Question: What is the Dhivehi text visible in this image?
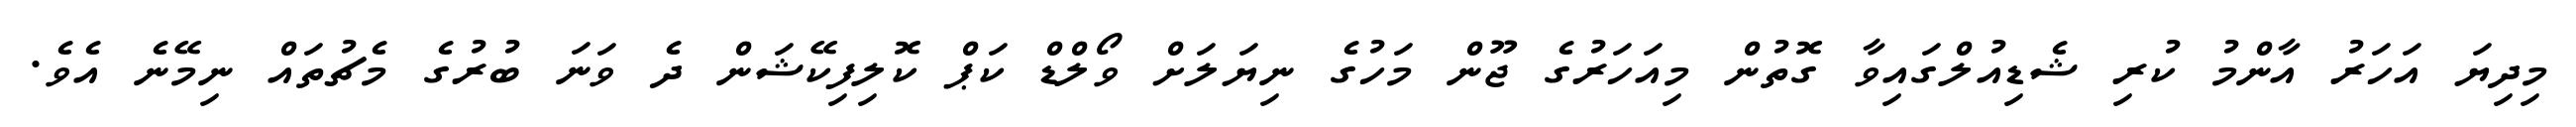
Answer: މިދިޔަ އަހަރު އާންމު ކުރި ޝެޑިއުލްގައިވާ ގޮތުން މިއަހަރުގެ ޖޫން މަހުގެ ނިޔަލަށް ވޯލްޑް ކަޕް ކޮލިފިކޭޝަން ދެ ވަނަ ބުރުގެ މެޗުތައް ނިމޭނެ އެވެ.